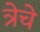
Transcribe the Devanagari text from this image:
त्रेचे